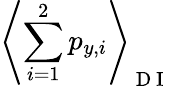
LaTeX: \left\langle\sum_{i=1}^{2}p_{y,i}\right\rangle_{\mathrm{~D~I~}}